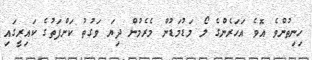
ހިނިތުންވެ އޮވެ އަހަރެންގެ ލޯ މަޑުމަޑުން މެރެމުން ދިޔަ ވަގުތު ކަންފަތުގެ ކައިރީގައި